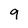
Character: 9